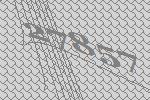
27857